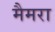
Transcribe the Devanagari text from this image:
मैमरा